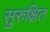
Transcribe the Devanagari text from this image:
सुरुक्षित